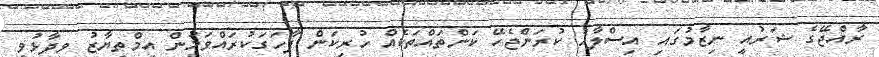
ރާއްޖޭގެ ޝަރުއީ ނިޒާމުގައި އިސްލާހު ކުރަންޖެހޭ ކަންތައްތަކެއް ހުރިކަން ފާހަގަކުރައްވަމުން އިމްތިޔާޒު ވިދާޅުވީ